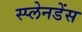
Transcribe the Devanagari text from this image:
स्प्लेनडेंस